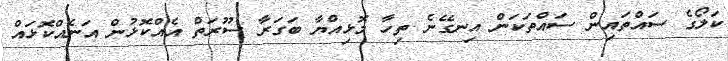
ކަލޯގެ ސައްތައިން ސައްތަކަން އިނގޭނެ ތިހާ މޮޅިއްޔާ ބަގަރާ ސޫރަތް އެއްކޮޅުން އަނެއްކޮޅައް